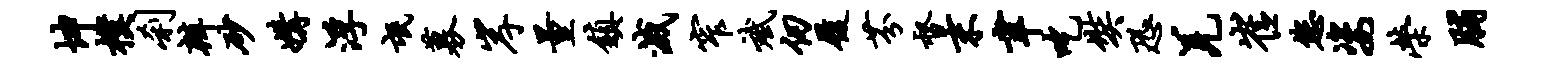
坤朴刹辨砂媾浮氓募岸量镇灭窄斌仞履芬督末聿吃奘恐羌崔您姿荣脯